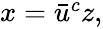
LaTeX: \begin{array}{r}{x=\bar{u}^{c}z,}\end{array}